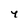
Character: 4